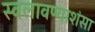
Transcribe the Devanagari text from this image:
स्वलावण्याशंसा